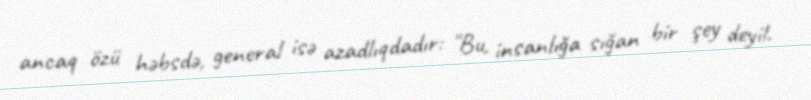
ancaq özü həbsdə, general isə azadlıqdadır: "Bu, insanlığa sığan bir şey deyil.